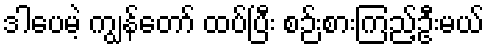
ဒါပေမဲ့ ကျွန်တော် ထပ်ပြီး စဉ်းစားကြည့်ဦးမယ်